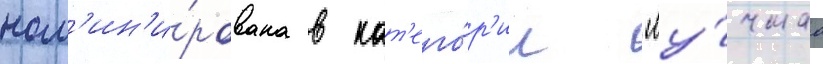
ном'ин'и́рована в кат'его́р'ии "лу́чшаа